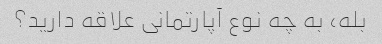
بله، به چه نوع آپارتمانی علاقه دارید؟